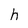
Character: h